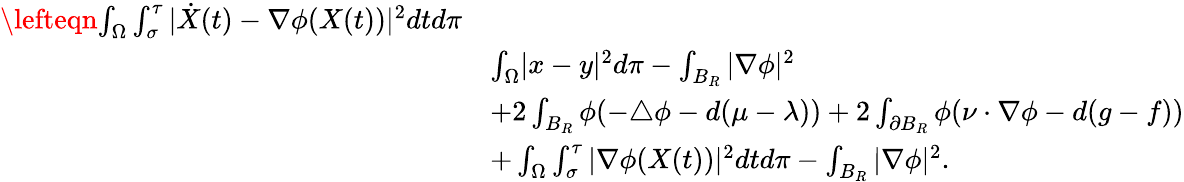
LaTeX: \begin{array}{rl}{\lefteqn{\int_{\Omega}\int_{\sigma}^{\tau}|\dot{X}(t)-\nabla\phi(X(t))|^{2}dtd\pi}}\\ &{\le\int_{\Omega}|x-y|^{2}d\pi-\int_{B_{R}}|\nabla\phi|^{2}}\\ &{+2\int_{B_{R}}\phi(-\triangle\phi-d(\mu-\lambda))+2\int_{\partial B_{R}}\phi(\nu\cdot\nabla\phi-d(g-f))}\\ &{+\int_{\Omega}\int_{\sigma}^{\tau}|\nabla\phi(X(t))|^{2}dtd\pi-\int_{B_{R}}|\nabla\phi|^{2}.}\end{array}